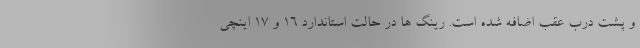
و پشت درب عقب اضافه شده است. رینگ ها در حالت استاندارد 16 و 17 اینچی